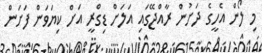
މި ލޯން އެހީގެ ދަށުން ރާއްޖޭގައި އަލަށް ޑިގްރީ އަށް ކިޔަވަން ފަށަން